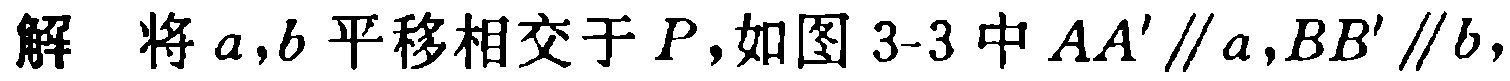
解 将\(a,b\)平移相交于\(P\)，如图 3-3 中\(AA'\parallel a,BB'\parallel b\)，